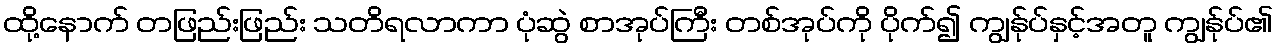
ထို့နောက် တဖြည်းဖြည်း သတိရလာကာ ပုံဆွဲ စာအုပ်ကြီး တစ်အုပ်ကို ပိုက်၍ ကျွန်ုပ်နှင့်အတူ ကျွန်ုပ်၏